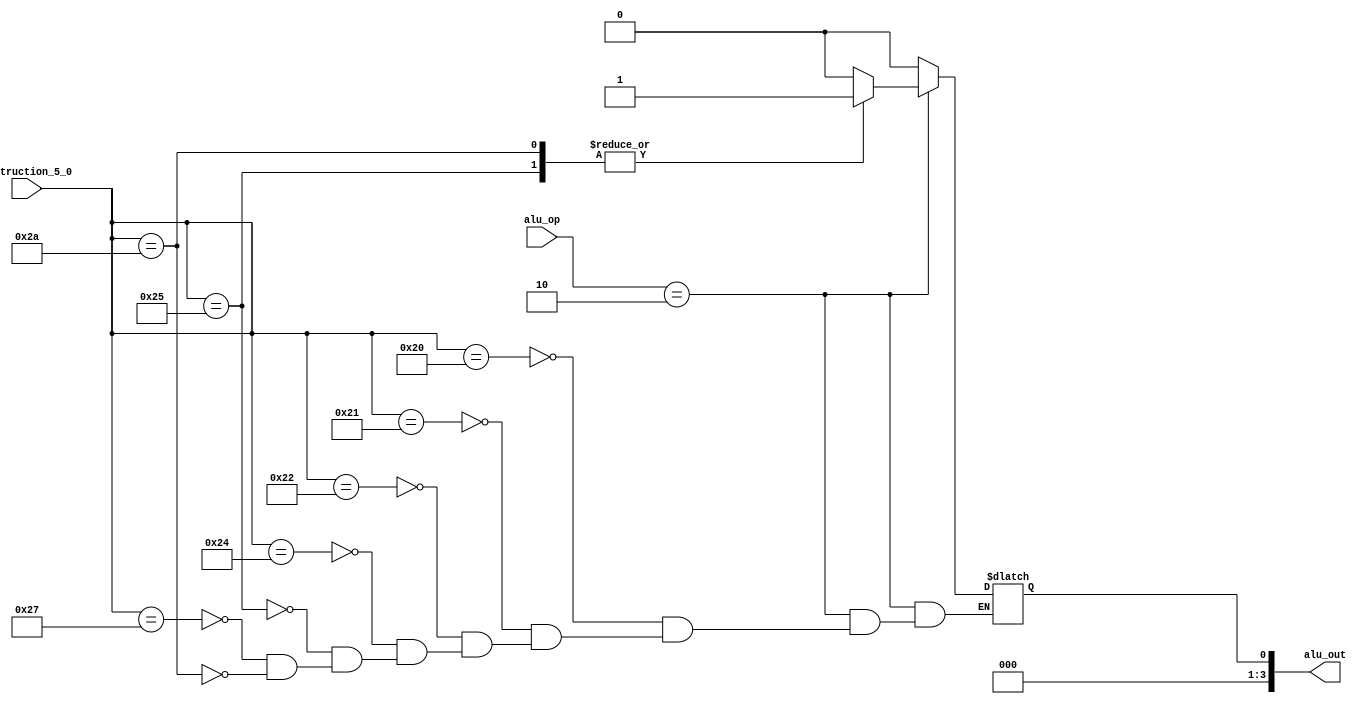
//=========================================================================
// Name & Email must be EXACTLY as in Gradescope roster!
// Name: Chandler Bottomley Alex Nguyen 
// 
// Assignment name: 
// Lab section: 
// TA: 
// 
// I hereby certify that I have not received assistance on this assignment,
// or used code, from ANY outside source other than the instruction team
// (apart from what was provided in the starter file).
//
//=========================================================================

module aluControlUnit (
    input  wire [1:0] alu_op, 
    input  wire [5:0] instruction_5_0, 
    output wire [3:0] alu_out
    );
	 
reg t_alu_out = 4'b0111;

always @(*)begin
	case(alu_op) 
	
	2'b00: begin t_alu_out = 4'b0010; end//LW + SW
	2'b01: begin t_alu_out = 4'b0110; end// Branch equal
	2'b11: begin t_alu_out = 4'b0110; end// Branch equal
	
	2'b10: 
		case(instruction_5_0) 
			6'b100000 : begin  t_alu_out = 4'b0010; end//add
			6'b100001 : begin t_alu_out = 4'b0010; end//addu
			6'b100010 : begin t_alu_out = 4'b0110; end//sub
			6'b100100 : begin t_alu_out = 4'b0000; end//AND
			6'b100101 : begin t_alu_out = 4'b0001; end//OR
			6'b100111 : begin t_alu_out = 4'b1100; end//NOR
			6'b101010 : begin t_alu_out = 4'b0111; end//set on less than
			
		endcase
	endcase
	
end 
	
assign alu_out = t_alu_out;

endmodule